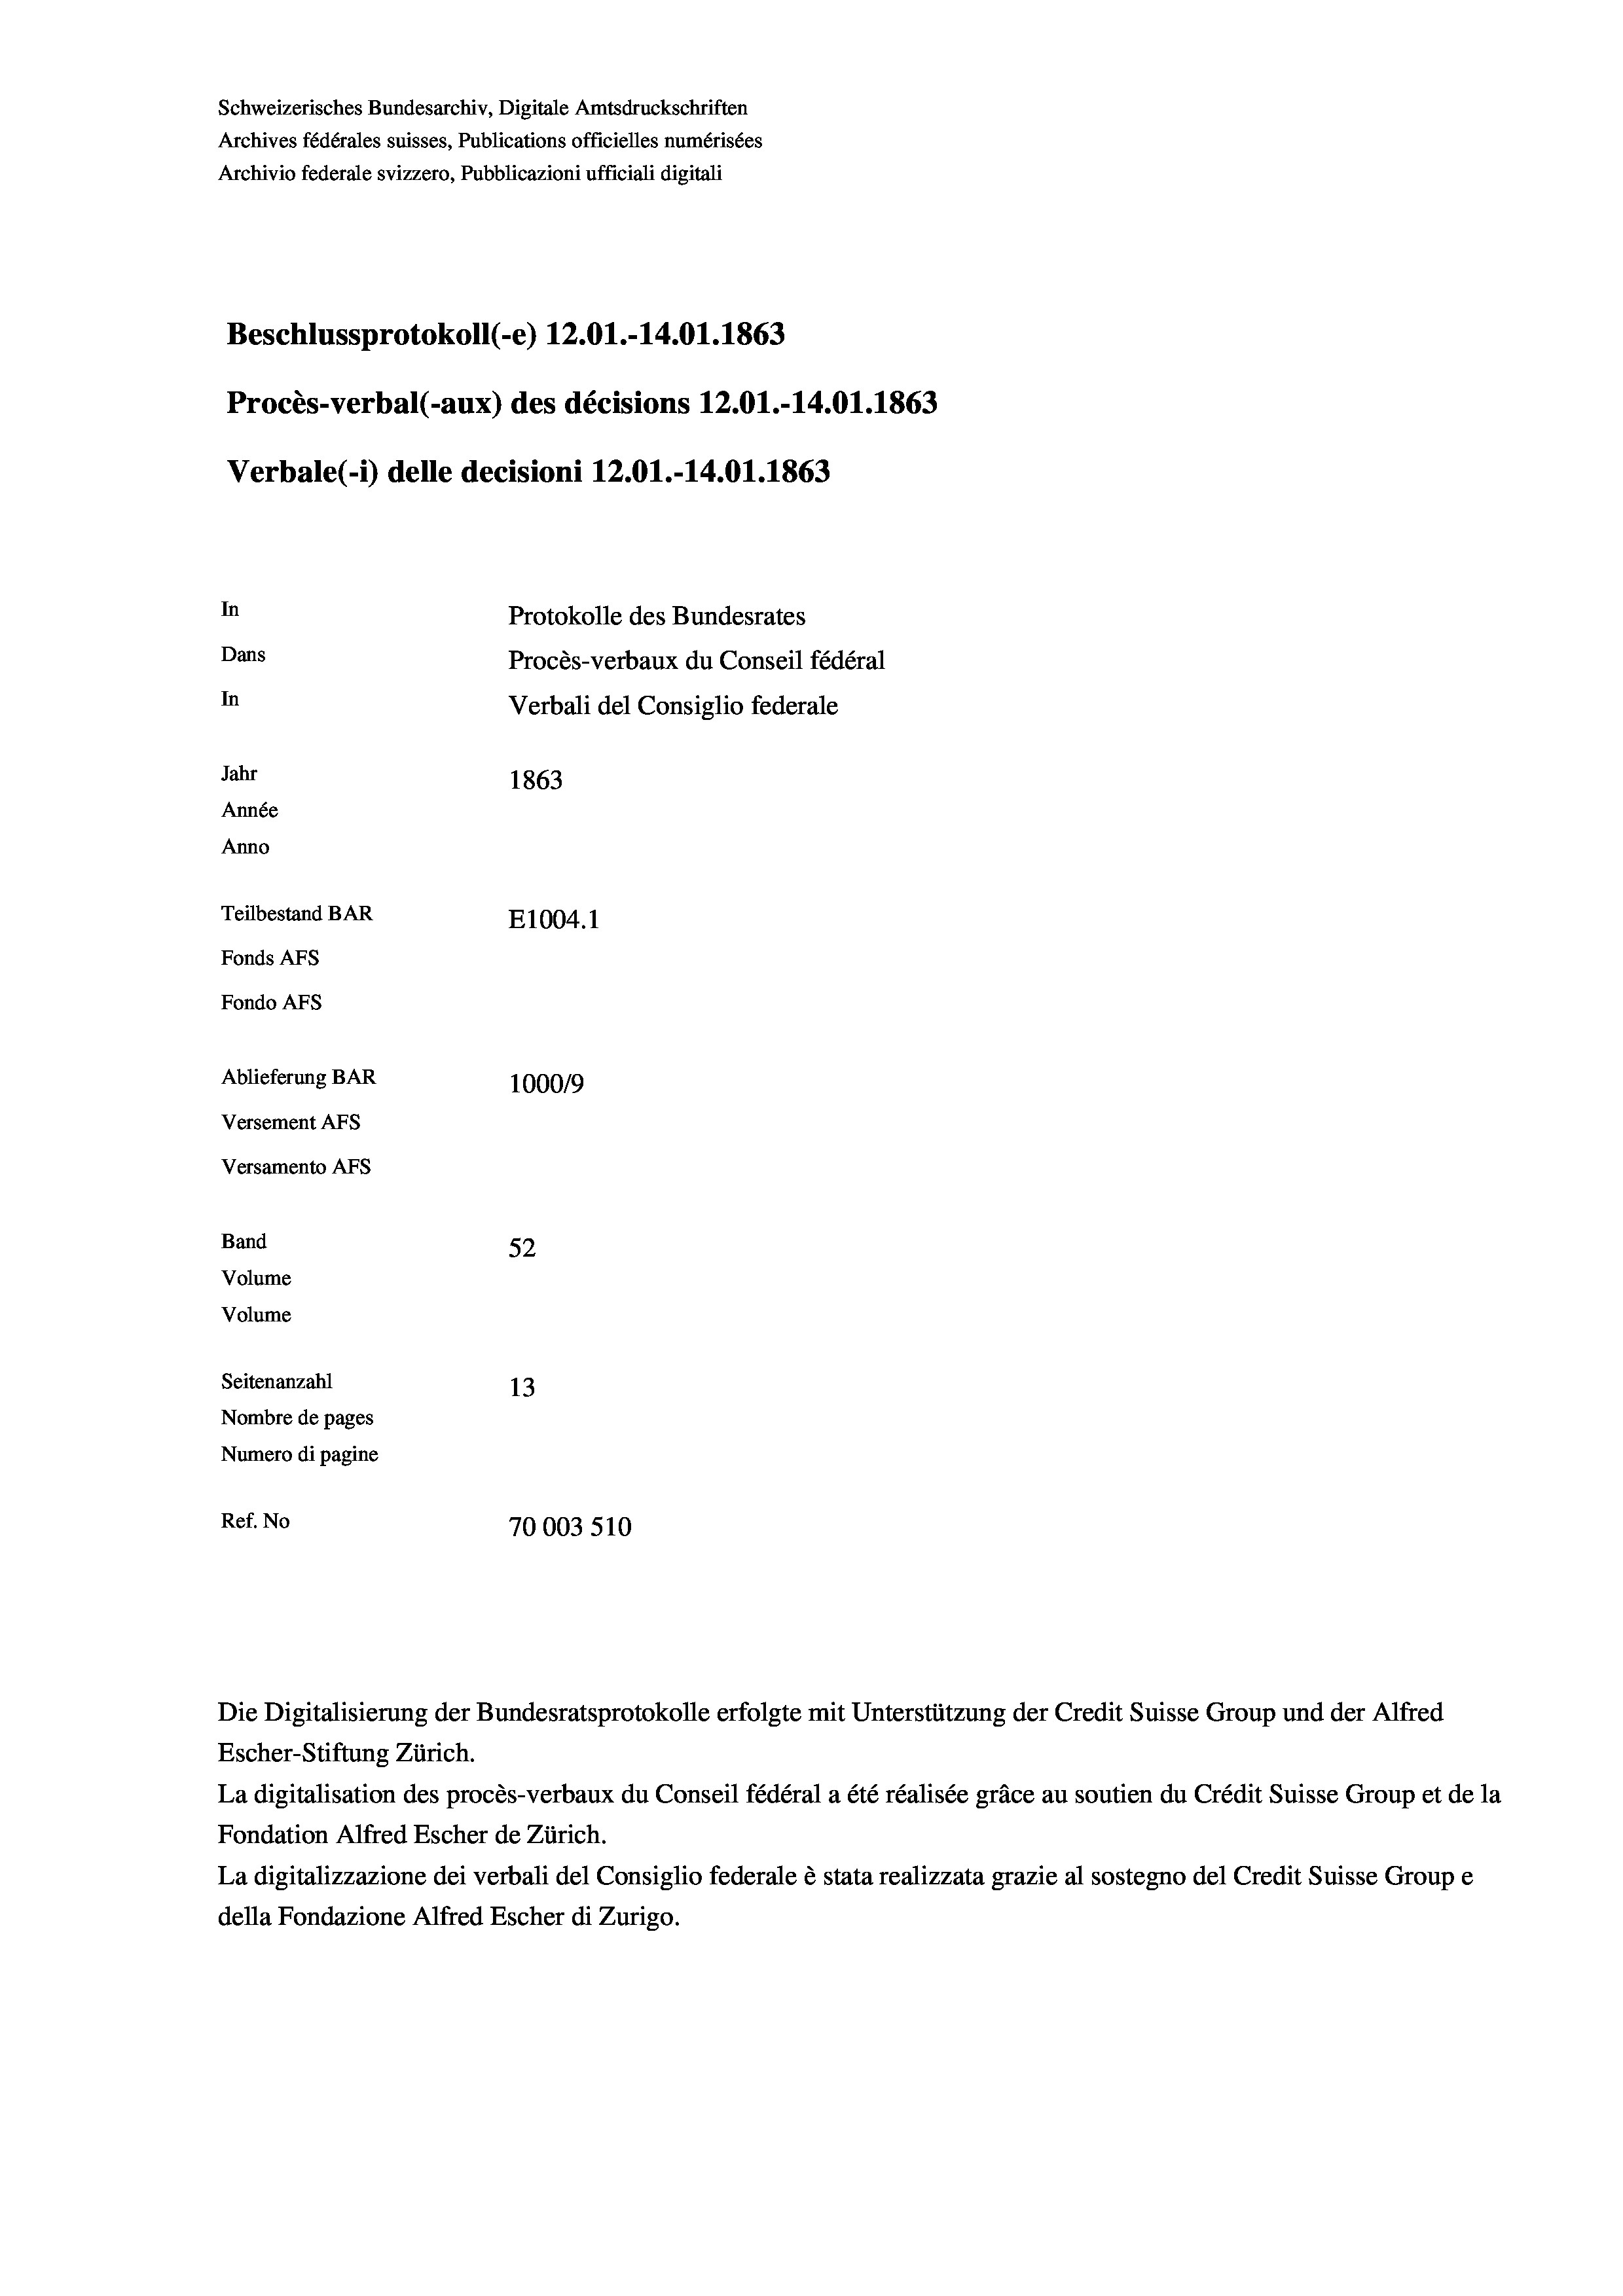
Schweizerisches Bundesarchiv, Digitale Amtsdruckschriften
Archives fédérales suisses, Publications officielles numérisées
Archivio federale svizzero, Pubblicazioni ufficiali digitali
Beschlussprotokoll (-e) 12.01.-14.01.1863
Procès-verbal (-aux) des décisions 12.01.-14.01. 1863
Verbale (- 1) delle decisioni 12.01.-14.01. 1863
In
Protokolle des Bundesrates
Dans
Procès-verbaux du Conseil fédéral
In
Verbali del Consiglio federale
Jahr
1863
Année
Anno
Teilbestand BAR
E1004.1
Fonds AFs
Fondo AFs
Ablieferung BAR
1000/9
Versement AFs
Versamento AFs
Band
52
Volume
Volume

Seitenanzahl
13
Nombre de pages
Numero di pagine
Ref. No
70003 510

Escher-Stiftung Zürich.
La digitalisation des procès-verbaux du Conseil fédéral a été réalisée gräce au soutien du Crédit Suisse Group et de la
Fondation Alfred Escher de Zürich.
La digitalizzazione dei verbali del Consiglio federale è stata realizzata grazie al sostegno del Credit Suisse Groupe
della Fondazione Alfred Escher di Zurigo.

Die Digitalisierung der Bundesratsprotokolle erfolgte mit Unterstützung der Credit Suisse Group und der Alfred